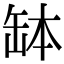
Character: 缽